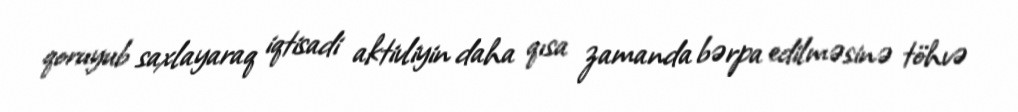
qoruyub saxlayaraq iqtisadi aktivliyin daha qısa zamanda bərpa edilməsinə töhvə